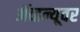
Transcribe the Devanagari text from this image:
ॲव्हन्यूवर